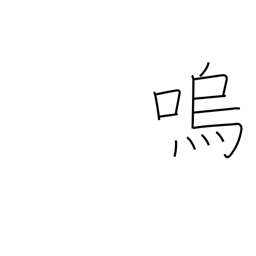
Meaning: alas